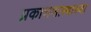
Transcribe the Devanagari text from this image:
प्रकाशशास्त्राच्या